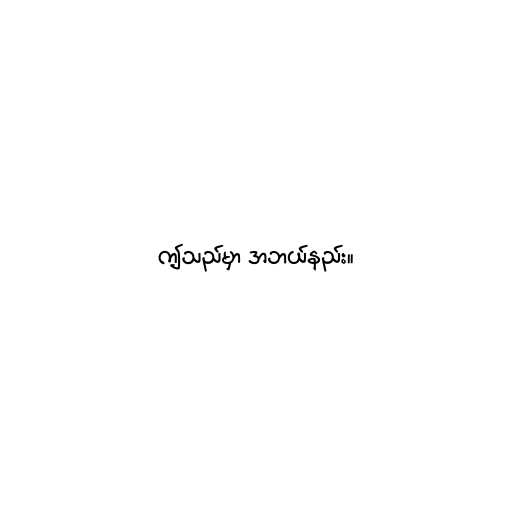
ဤသည်မှာ အဘယ်နည်း။